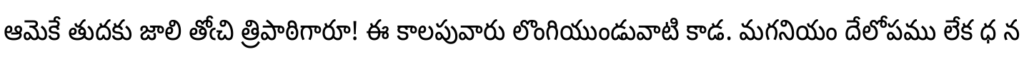
ఆమెకే తుదకు జాలి తోఁచి త్రిపాఠిగారూ! ఈ కాలపువారు లొంగియుండువాటి కాడ. మగనియం దేలోపము లేక ధ న